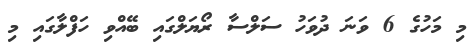
މި މަހުގެ 6 ވަނަ ދުވަހު ސަލްސާ ރޯޔަލްގައި ބޭއްވި ހަފްލާގައި މި